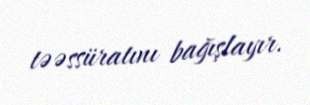
təəssüratını bağışlayır.